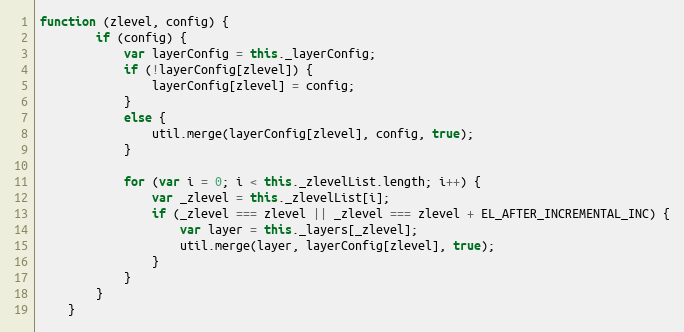
Language: JavaScript
function (zlevel, config) {
        if (config) {
            var layerConfig = this._layerConfig;
            if (!layerConfig[zlevel]) {
                layerConfig[zlevel] = config;
            }
            else {
                util.merge(layerConfig[zlevel], config, true);
            }

            for (var i = 0; i < this._zlevelList.length; i++) {
                var _zlevel = this._zlevelList[i];
                if (_zlevel === zlevel || _zlevel === zlevel + EL_AFTER_INCREMENTAL_INC) {
                    var layer = this._layers[_zlevel];
                    util.merge(layer, layerConfig[zlevel], true);
                }
            }
        }
    }